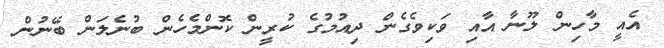
އެއީ މާހިން ލޫނާ އާއި ވަކިވެގެން ދިއުމުގެ ކުރީން ކޮންމެހެން ބުނެލަން ބޭނުން